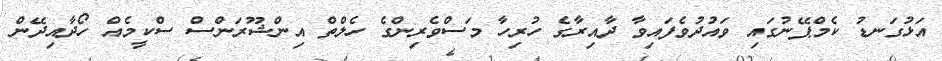
އަޅުގަނޑު ކެމްޕޭނުގައި ވައުދުވެފައިވާ ދާއިރާގެ ހުރިހާ މަސްވެރިންގެ ހެލްތް އިންޝޫރަންސް ސްކީމެއް ހޯދާއިދޭން